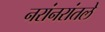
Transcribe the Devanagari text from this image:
नरांनरांतले